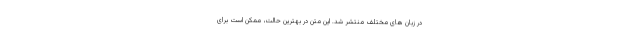
در زبان های مختلف منتشر شد. این متن در بهترین حالت، ممکن است برای